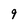
Character: 9